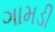
ગામડી